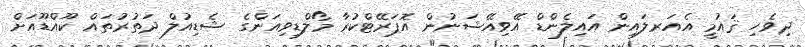
ދިވެހި ޤައުމީ އެއަރލައިން އައިލެންޑް އޭވިއޭޝަނުން އޮޕަރޭޓްކުރާ މޯލްޑިވިއަންގެ ޝެޑިއުލް ދަތުރުތައް ކޫއްޑޫއަށް